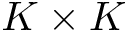
K \times K